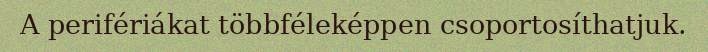
A perifériákat többféleképpen csoportosíthatjuk.